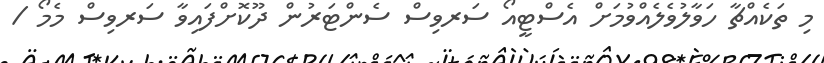
މި ތަކެއްޗާ ހަވާލުވެލެއްވުމަށް އެސްޓީއޯ ސަރވިސް ސެންޓަރުން ދޫކޮށްފައިވާ ސަރވިސް މެމޯ /